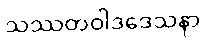
သဿတဝါဒဒေသနာ